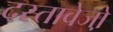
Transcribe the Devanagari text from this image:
दस्तावेजो़